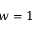
w = 1